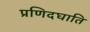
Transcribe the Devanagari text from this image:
प्रणिदघाति